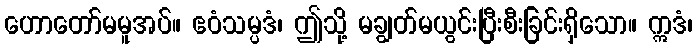
ဟောတော်မမူအပ်။ ဧဝံသမ္ပဒံ၊ ဤသို့ မချွတ်မယွင်းပြီးစီးခြင်းရှိသော။ ဣဒံ၊